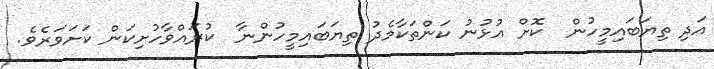
އަދި ތިޔަބައިމީހުން  ކޮށް އުޅުނު ކަންތަކާމެދު ތިޔަބައިމީހުންނާ  ކުރައްވާހުށިކަން ކަށަވަރެވެ.